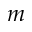
m